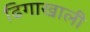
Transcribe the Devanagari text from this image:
ढिगाखाली